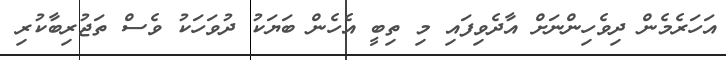
އަހަރެމެން ދިވެހިންނަށް އާދެވިފައި މި ތިބީ އެހެން ބަޔަކު ދުވަހަކު ވެސް ތަޖުރިބާކުރި